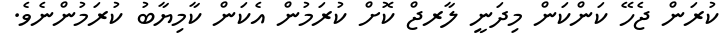
ކުރަން ޖެހޭ ކަންކަން މިދަނީ ލާރޖް ކޮށް ކުރަމުން އެކަން ކާމިޔާބު ކުރަމުންނެވެ.